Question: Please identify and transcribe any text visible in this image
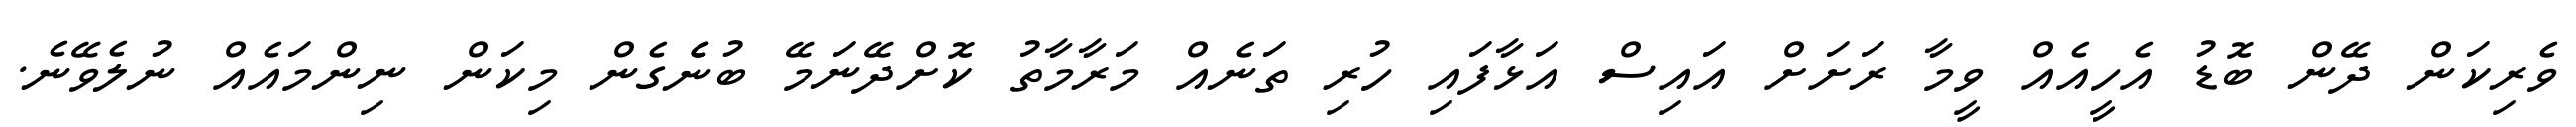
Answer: ވެރިކަން ދޭން ބޮޑު އެހީއެއް ވީމާ ރަށަށް އައިސް އަޅާފައި ހުރި ތަނެއް މަރާމާތު ކޮށްދޭނަމޭ ބުނެެގެން މިކަން ނިންމައެއް ނުލެވޭނެ.